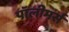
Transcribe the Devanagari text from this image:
पॉलीमर्स